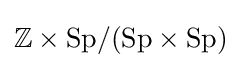
\mathbb {Z} \times \mathrm {Sp} /(\mathrm {Sp} \times \mathrm {Sp} )